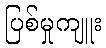
ပြစ်မှုကျူး